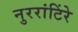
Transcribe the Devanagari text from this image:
नुररांटिंरे